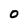
Character: 0